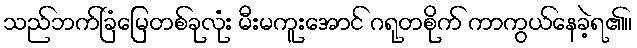
သည်ဘက်ခြံမြေတစ်ခုလုံး မီးမကူးအောင် ဂရုတစိုက် ကာကွယ်နေခဲ့ရ၏။